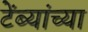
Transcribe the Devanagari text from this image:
टेंब्यांच्या